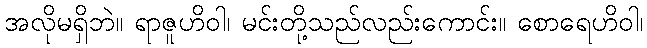
အလိုမရှိဘဲ။ ရာဇူဟိဝါ၊ မင်းတို့သည်လည်းကောင်း။ စောရေဟိဝါ၊